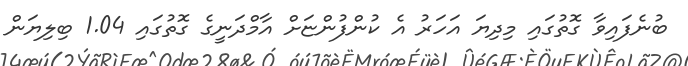
ބުނެފައިވާ ގޮތުގައި މިދިޔަ އަހަރު އެ ކުންފުންޏަށް އާމްދަނީގެ ގޮތުގައި 1.04 ބިލިޔަން